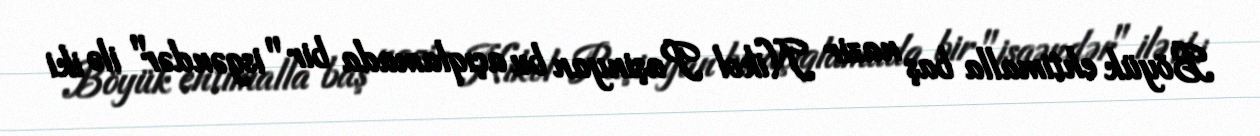
Böyük ehtimalla baş nazir Nikol Paşinyan bu açıqlamada bir "isgəndər" ilə iki